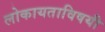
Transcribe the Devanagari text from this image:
लोकायताविषयी